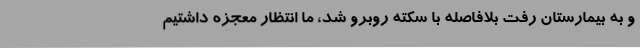
و به بیمارستان رفت بلافاصله با سکته روبرو شد، ما انتظار معجزه داشتیم